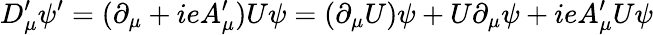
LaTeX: D_{\mu}^{\prime}\psi^{\prime}=(\partial_{\mu}+ieA_{\mu}^{\prime})U\psi=(\partial_{\mu}U)\psi+U\partial_{\mu}\psi+ieA_{\mu}^{\prime}U\psi